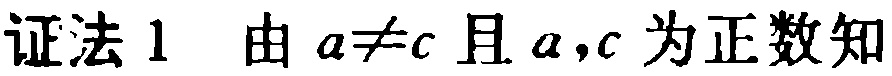
证法1 由 \(a\neq c\) 且 \(a,c\) 为正数知